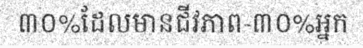
៣០%ដែលមានជីវភាព-៣០%អ្នក